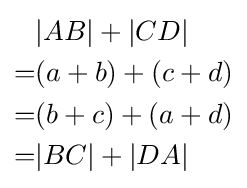
{\begin{aligned}&|AB|+|CD|\\=&(a+b)+(c+d)\\=&(b+c)+(a+d)\\=&|BC|+|DA|\end{aligned}}